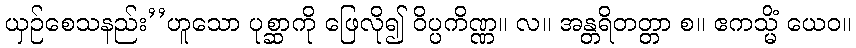
ယှဉ်စေသနည်း’’ဟူသော ပုစ္ဆာကို ဖြေလို၍ ဝိပ္ပကိဏ္ဏ။ လ။ အန္တရိတတ္တာ စ။ ဧကသ္မိံ ယေဝ။